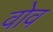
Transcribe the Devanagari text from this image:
वोव